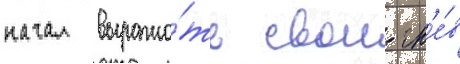
начал выража́ть свои гн'е́в